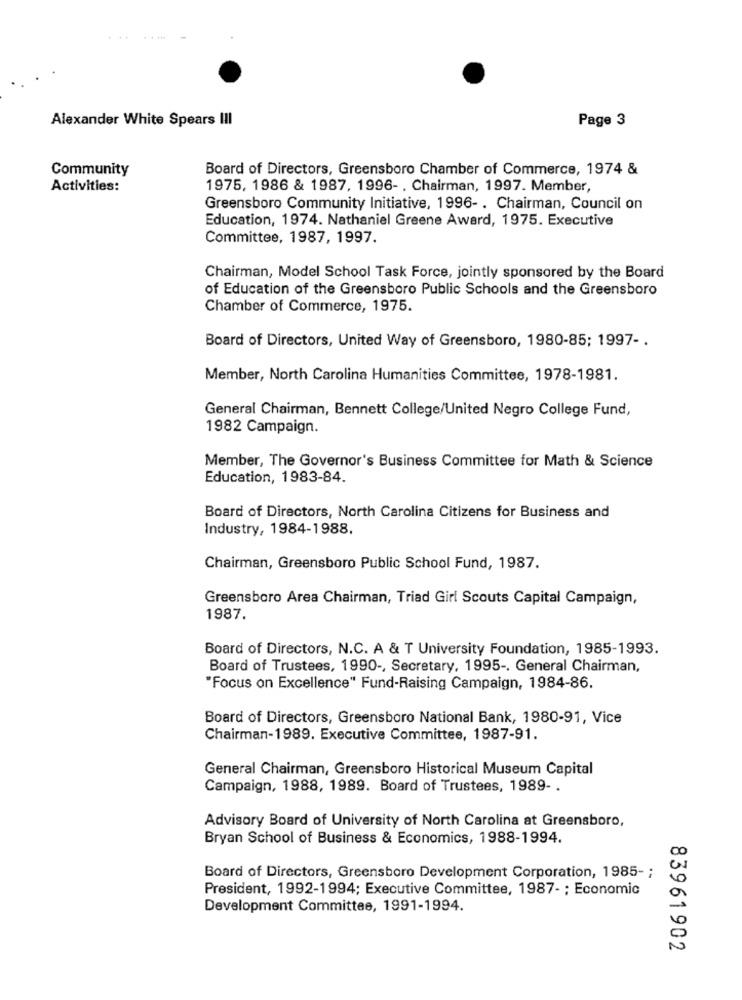
Alexander White Spears III
Page 3
Community
Board of Directors, Greensboro Chamber of Commerce, 1974 &
Activities:
1975, 1986 & 1987, 1996- , Chairman, 1997. Member,
Greensboro Community Initiative, 1996- . Chairman, Council on
Education, 1974. Nathaniel Greene Award, 1975. Executive
Committee, 1987, 1997.
Chairman, Model School Task Force, jointly sponsored by the Board
of Education of the Greensboro Public Schools and the Greensboro
Chamber of Commerce, 1975.
Board of Directors, United Way of Greensboro, 1980-85; 1997 -.
Member, North Carolina Humanities Committee, 1978-1981.
General Chairman, Bennett College/United Negro College Fund,
1982 Campaign.
Member, The Governor's Business Committee for Math & Science
Education, 1983-84.
Board of Directors, North Carolina Citizens for Business and
Industry, 1984-1988.
Chairman, Greensboro Public School Fund, 1987.
Greensboro Area Chairman, Triad Girl Scouts Capital Campaign,
1987.
Board of Directors, N.C. A & T University Foundation, 1985-1993.
Board of Trustees, 1990 -, Secretary, 1995 -. General Chairman,
"Focus on Excellence" Fund-Raising Campaign, 1984-86.
Board of Directors, Greensboro National Bank, 1980-91, Vice
Chairman-1989. Executive Committee, 1987-91.
General Chairman, Greensboro Historical Museum Capital
Campaign, 1988, 1989. Board of Trustees, 1989- .
Advisory Board of University of North Carolina at Greensboro,
Bryan School of Business & Economics, 1988-1994.
Board of Directors, Greensboro Development Corporation, 1985- ;
President, 1992-1994; Executive Committee, 1987- ; Economic
Development Committee, 1991-1994.
83961902